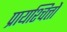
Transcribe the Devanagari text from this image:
प्रायश्चित्तों